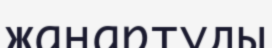
жаңартуды